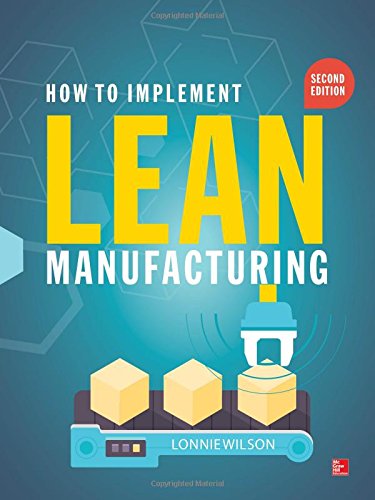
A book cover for How To Implement Lean Manufacturing, Second Edition; Lonnie Wilson; Business & Money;